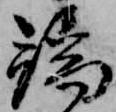
端